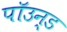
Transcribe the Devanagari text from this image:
पॉउन्ड